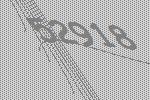
52918